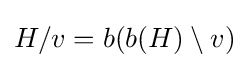
H/v=b(b(H)\setminus v)